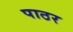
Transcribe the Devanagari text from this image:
पाठर